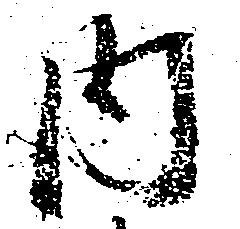
内